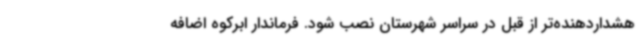
هشداردهنده‌تر از قبل در سراسر شهرستان نصب شود. فرماندار ابرکوه اضافه